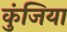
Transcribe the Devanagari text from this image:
कुंजिया